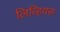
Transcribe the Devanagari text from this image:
लिव्हियस